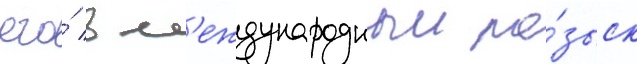
его́ в м'еждународныи ро́зыск